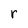
Character: r